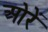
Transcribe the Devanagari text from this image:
ओरें